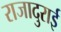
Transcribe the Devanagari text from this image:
राजादुराई